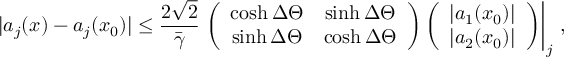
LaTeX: | a _ { j } ( x ) - a _ { j } ( x _ { 0 } ) | \leq \frac { 2 \sqrt { 2 } } { \bar { \gamma } } \left. \left( \begin{array} { c c } { { \cosh \Delta \Theta } } & { { \sinh \Delta \Theta } } \\ { { \sinh \Delta \Theta } } & { { \cosh \Delta \Theta } } \end{array} \right) \left( \begin{array} { c } { { | a _ { 1 } ( x _ { 0 } ) | } } \\ { { | a _ { 2 } ( x _ { 0 } ) | } } \end{array} \right) \right| _ { j } \, ,